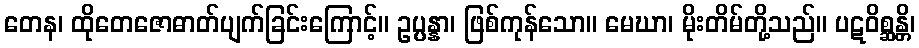
တေန၊ ထိုတေဇောဓာတ်ပျက်ခြင်းကြောင့်။ ဥပ္ပန္နာ၊ ဖြစ်ကုန်သော။ မေဃာ၊ မိုးတိမ်တို့သည်။ ပဋဝိစ္ဆန္တိ၊